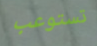
تستوعب